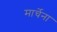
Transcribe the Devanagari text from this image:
मार्चेना